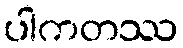
ပါကတဿ